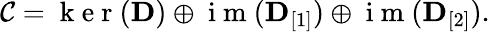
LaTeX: \begin{array}{r}{\mathcal{C}=\mathrm{~k~e~r~}({\mathbf D})\oplus\mathrm{~i~m~}({\mathbf D}_{[1]})\oplus\mathrm{~i~m~}({\mathbf D}_{[2]}).}\end{array}